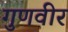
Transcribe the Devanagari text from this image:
गुणवीर